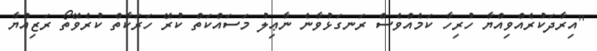
"އިރާދަކުރެއްވިއްޔާ ހުރިހާ ކަމެއްވެސް ރަނގަޅުވާނެ ނާޢިލު މަސައްކަތް ކުރޭ ހަރަކާތް ކުރެވޭތޯ ރަޒިއްޔާ